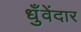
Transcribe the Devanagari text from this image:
धुँवेंदार